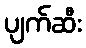
ပျက်ဆီး